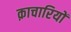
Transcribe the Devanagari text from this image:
क़ाचारियों